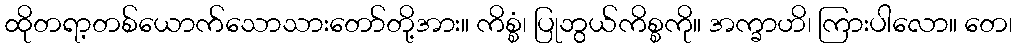
ထိုတရာ့တစ်ယောက်သောသားတော်တို့အား။ ကိစ္စံ၊ ပြုဘွယ်ကိစ္စကို။ အက္ခာဟိ၊ ကြားပါလော။ တေ၊